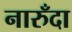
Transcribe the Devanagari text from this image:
नारुँदा